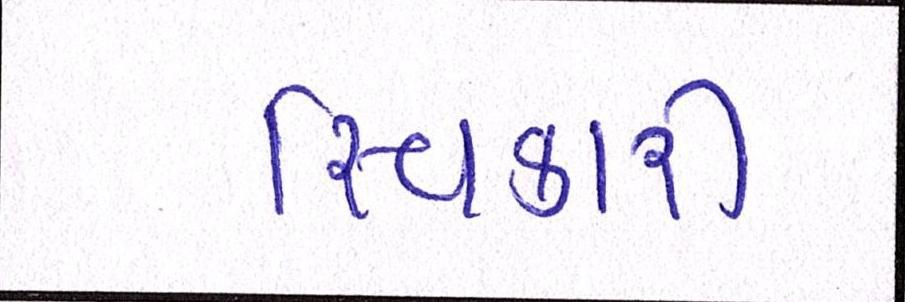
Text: સ્વિકારી